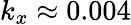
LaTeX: k_{x}\approx 0.004